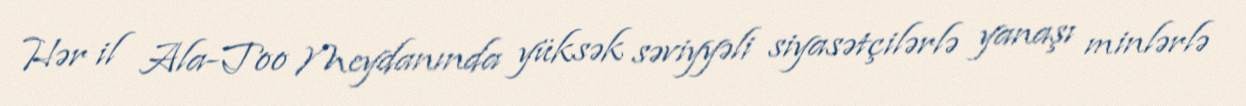
Hər il Ala-Too Meydanında yüksək səviyyəli siyasətçilərlə yanaşı minlərlə